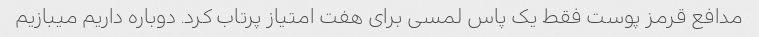
مدافع قرمز پوست فقط یک پاس لمسی برای هفت امتیاز پرتاب کرد. دوباره داریم میبازیم